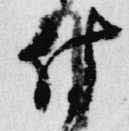
付